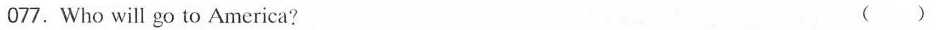
077.Who will go to America? ( )